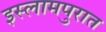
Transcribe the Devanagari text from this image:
इस्लामपुरात